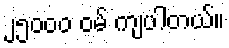
၂၅၀၀၀ ဝမ် ကျပါတယ်။